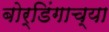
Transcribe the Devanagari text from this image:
बोर्डिंगाच्या